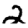
Digit: 2